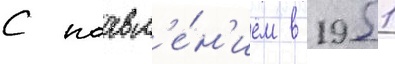
С поавл'е́н'ием в 1951